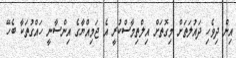
އިން ދިވެހި ދައުލަތަށް މިގޮތަށް އިލްތިމާސްކުރީ އެ ޖަމިއްޔާގެ އިންސާނީ ހައްގުތަކާ ބެހޭ